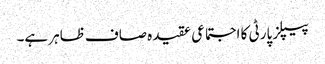
پیپلز پارٹی کا اجتماعی عقیدہ صاف ظاہر ہے۔